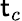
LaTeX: \mathsf{t}_{c}